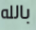
بالله